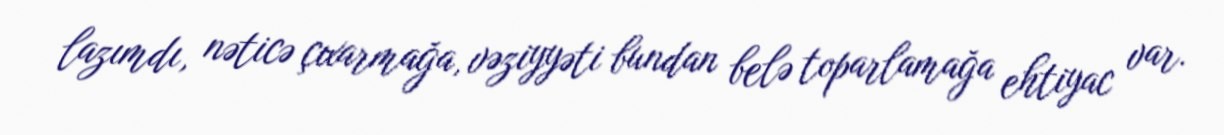
lazımdı, nəticə çıxarmağa, vəziyyəti bundan belə toparlamağa ehtiyac var.